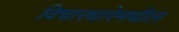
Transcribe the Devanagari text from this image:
विचारधारेमधील